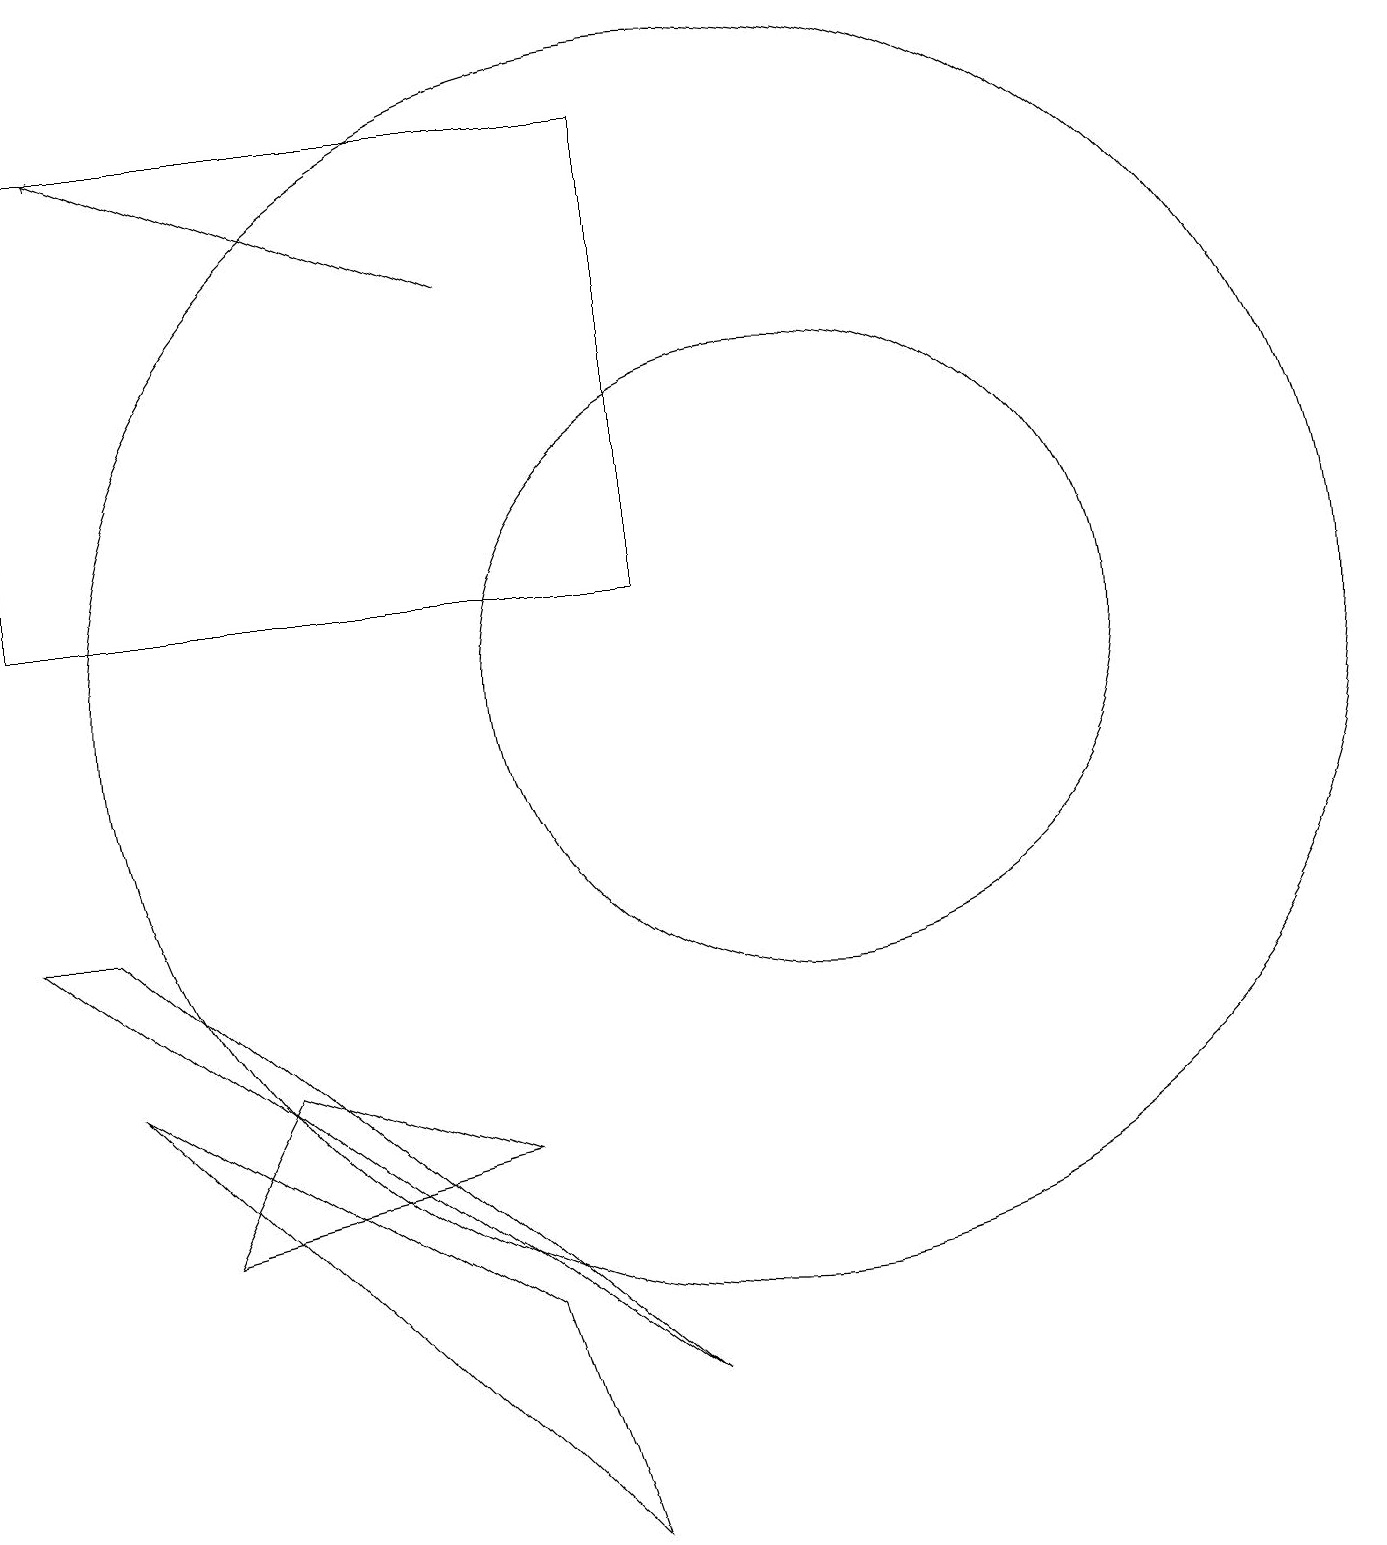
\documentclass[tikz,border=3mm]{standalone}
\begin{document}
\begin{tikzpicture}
\draw (8,0) -- (2,6) -- (7,3) -- cycle;
\draw (1,12) rectangle (9,18);
\draw (1,8) -- (9,2) -- (2,8) -- cycle;
\draw[->] (7,16) -- (2,18);
\draw (10,11) circle (8);
\draw (11,11) circle (4);
\draw (3,4) -- (4,6) -- (7,5) -- cycle;
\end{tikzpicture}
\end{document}